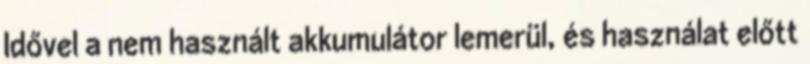
Idővel a nem használt akkumulátor lemerül, és használat előtt